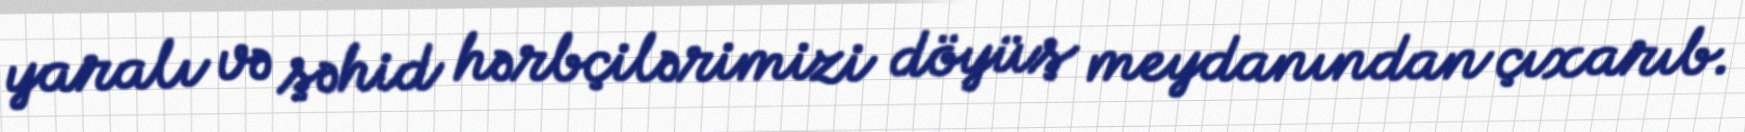
yaralı və şəhid hərbçilərimizi döyüş meydanından çıxarıb.